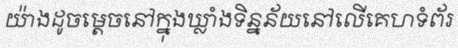
យ៉ាងដូចម្តេចនៅក្នុងឃ្លាំងទិន្នន័យនៅលើគេហទំព័រ